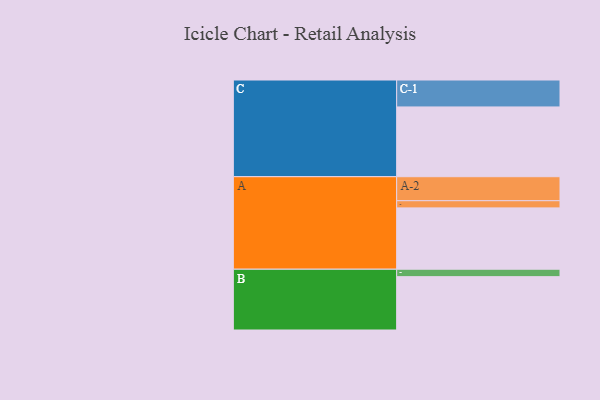
{"axis": {"x": "Segment", "y": "Value"}, "legend": ["", "A", "B", "C"], "data": [{"x": "A", "y": 437, "type": ""}, {"x": "B", "y": 380, "type": ""}, {"x": "C", "y": 497, "type": ""}, {"x": "A-1", "y": 51, "type": "A"}, {"x": "A-2", "y": 171, "type": "A"}, {"x": "B-1", "y": 53, "type": "B"}, {"x": "C-1", "y": 192, "type": "C"}]}